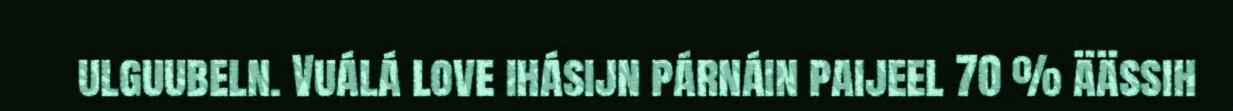
ulguubeln. Vuálá love ihásijn párnáin paijeel 70 % äässih